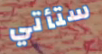
ستأتي